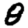
Digit: 8